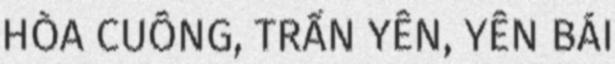
HÒA CUÔNG, TRẤN YÊN, YÊN BÁI